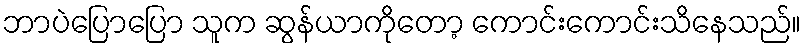
ဘာပဲပြောပြော သူက ဆွန်ယာကိုတော့ ကောင်းကောင်းသိနေသည်။